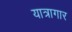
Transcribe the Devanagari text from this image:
यात्रागार